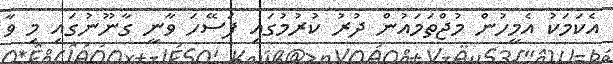
އެކަމަކު އެމީހުން މުޖްތަމައުން ދުރު ކުރުމުގައި ފަސޭހަ ވާނީ ގާނޫނުގައި މި ވާ